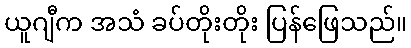
ယူဂျီက အသံ ခပ်တိုးတိုး ပြန်ဖြေသည်။